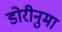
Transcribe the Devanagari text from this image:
डोरीनुमा